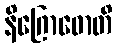
နိဂြောဓောတိ